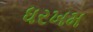
ધરખમ